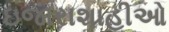
ઇજારાશાહીઓ